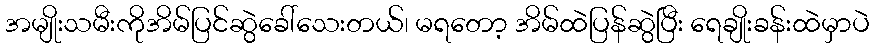
အမျိုးသမီးကိုအိမ်ပြင်ဆွဲခေါ်သေးတယ်၊ မရတော့ အိမ်ထဲပြန်ဆွဲပြီး ရေချိုးခန်းထဲမှာပဲ